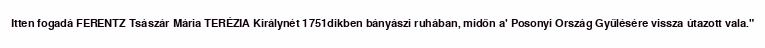
Itten fogadá FERENTZ Tsászár Mária TERÉZIA Királynét 1751dikben bányászi ruhában, midőn a' Posonyi Ország Gyűlésére vissza útazott vala."